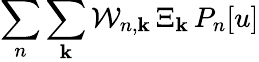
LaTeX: \sum_{n}\sum_{\mathbf{k}}\mathcal{{W}}_{n,\mathbf{k}}\, \Xi_{\mathbf{k}}\, P_{n}[u]